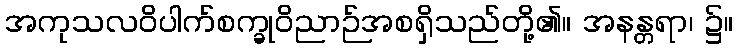
အကုသလဝိပါက်စက္ခုဝိညာဉ်အစရှိသည်တို့၏။ အနန္တရာ၊ ၌။